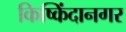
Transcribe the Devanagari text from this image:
किष्किंदानगर